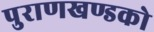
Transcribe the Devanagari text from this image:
पुराणखण्डको